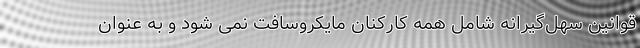
قوانین سهل‌گیرانه شامل همه کارکنان مایکروسافت نمی‌ شود و به عنوان